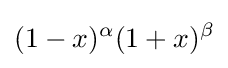
(1-x)^{\alpha }(1+x)^{\beta }